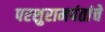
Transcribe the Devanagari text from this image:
परशुरामपंतांचे